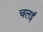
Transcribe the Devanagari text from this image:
चलई